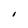
Character: I